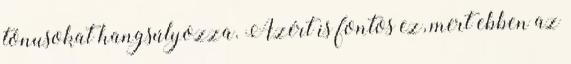
tónusokat hangsúlyozza. Azért is fontos ez, mert ebben az